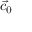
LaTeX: { \vec { c } } _ { 0 }